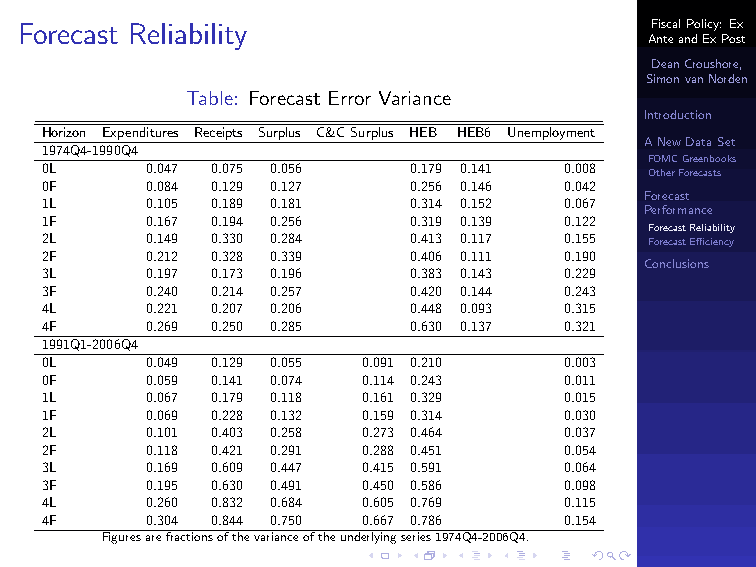
Forecast Reliability                      FiscalPolicy:Ex
 AnteandExPost
 DeanCroushore,
 SimonvanNorden
 Table: Forecast Error Variance
 Introduction
 Horizon Expenditures Receipts Surplus C&CSurplus HEB HEB6 Unemployment
 ANewDataSet
 1974Q4-1990Q4
 FOMCGreenbooks
 0L     0.047 0.075 0.056 0.179 0.141 0.008 OtherForecasts
 0F     0.084 0.129 0.127 0.256 0.146 0.042
 Forecast
 1L     0.105 0.189 0.181 0.314 0.152 0.067
 Performance
 1F     0.167 0.194 0.256 0.319 0.139 0.122
 ForecastReliability
 2L     0.149 0.330 0.284 0.413 0.117 0.155 ForecastEfficiency
 2F     0.212 0.328 0.339 0.406 0.111 0.190
 Conclusions
 3L     0.197 0.173 0.196 0.383 0.143 0.229
 3F     0.240 0.214 0.257 0.420 0.144 0.243
 4L     0.221 0.207 0.206 0.448 0.093 0.315
 4F     0.269 0.250 0.285 0.630 0.137 0.321
 1991Q1-2006Q4
 0L     0.049 0.129 0.055 0.091 0.210 0.003
 0F     0.059 0.141 0.074 0.114 0.243 0.011
 1L     0.067 0.179 0.118 0.161 0.329 0.015
 1F     0.069 0.228 0.132 0.159 0.314 0.030
 2L     0.101 0.403 0.258 0.273 0.464 0.037
 2F     0.118 0.421 0.291 0.288 0.451 0.054
 3L     0.169 0.609 0.447 0.415 0.591 0.064
 3F     0.195 0.630 0.491 0.450 0.586 0.098
 4L     0.260 0.832 0.684 0.605 0.769 0.115
 4F     0.304 0.844 0.750 0.667 0.786 0.154
 Figuresarefractionsofthevarianceoftheunderlyingseries1974Q4-2006Q4.